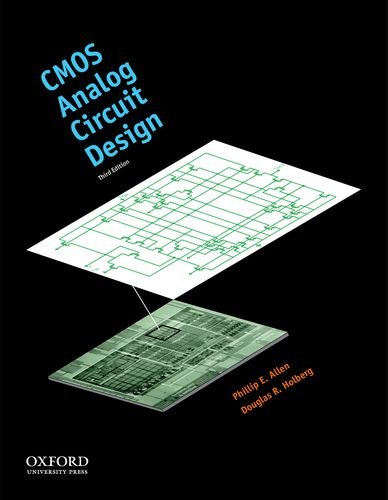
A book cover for CMOS Analog Circuit Design (The Oxford Series in Electrical and Computer Engineering); Phillip E. Allen; Engineering & Transportation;